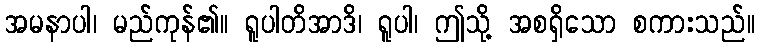
အမနာပါ၊ မည်ကုန်၏။ ရူပါတိအာဒိ၊ ရူပါ၊ ဤသို့ အစရှိသော စကားသည်။